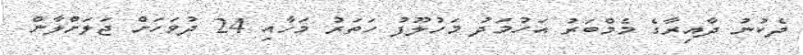
ދެކުނު ދާއިރާގެ މެމްބަރު އަހުމަދު މަހުލޫފު ހަތަރު މަހާއި 24 ދުވަހަށް ޖަލަށްލާން